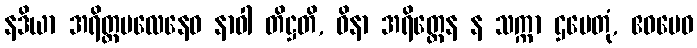
နဒိယာ အရိတ္တဗလေနေဝ နာဝါ တိဋ္ဌတိ, ဝိနာ အရိတ္တေန န သက္ကာ ဌပေတုံ, ဧဝမေဝ